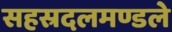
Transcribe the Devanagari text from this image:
सहस्रदलमण्डले